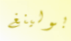
بولينغ